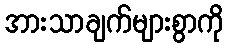
အားသာချက်များစွာကို